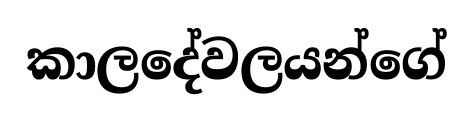
කාලදේවලයන්ගේ